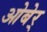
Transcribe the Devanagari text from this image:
ओबेर्